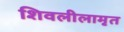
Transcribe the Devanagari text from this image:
शिवलीलामृत